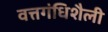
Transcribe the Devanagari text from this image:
वत्तगंधिशैली